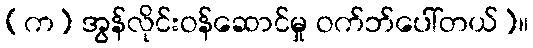
(က) အွန်လိုင်းဝန်ဆောင်မှု ဝက်ဘ်ပေါ်တယ်)။